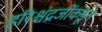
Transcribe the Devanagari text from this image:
हरिश्चंद्रजींकडून